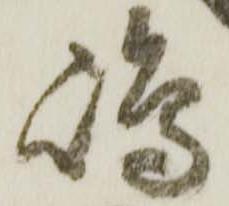
嶋